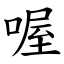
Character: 喔